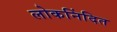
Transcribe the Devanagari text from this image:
लोकनिंदित